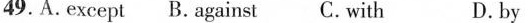
49.A.Except B. Against C. With D.by